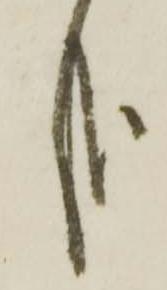
哉